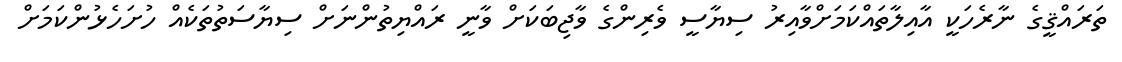
ތަރައްޤީގެ ނާރެހަކީ އާއިލާތައްކަމަށްވާއިރު ސިޔާސީ ވެރިންގެ ވާޖިބަކަށް ވާނީ ރައްޔިތުންނަށް ސިޔާސަތުތަކެއް ހުށަހެޅުންކަމަށް